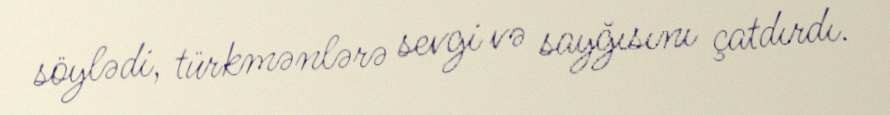
söylədi, türkmənlərə sevgi və sayğısını çatdırdı.